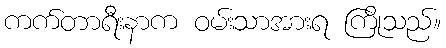
ကက်တာရီးနာက ဝမ်းသာအားရ ကြိုသည်။